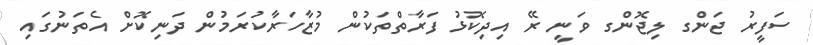
ސަފީރު ޖަންގ ލިޖޮންގ ވަނީ ރޭ އިދިކޮޅު ފަރާތްތަކުން މުޒާހަރާކުރަމުން ދަނިކޮށް އެތަނުގައި